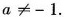
$$a ≠ - 1$$.